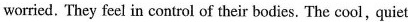
worried. They feel in control of their bodies. The cool, quiet